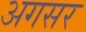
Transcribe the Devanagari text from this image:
अगसर